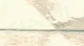
التحري